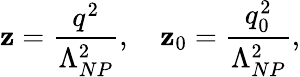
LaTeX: \mathbf{z}={\frac{{q^{2}}}{{\Lambda_{NP}^{2}}}},\quad\mathbf{z}_{0}={\frac{{q_{0}^{2}}}{{\Lambda_{NP}^{2}}}},